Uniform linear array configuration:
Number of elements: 16
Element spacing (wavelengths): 0.25
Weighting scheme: cosine
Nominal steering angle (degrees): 45
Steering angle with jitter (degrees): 45.616
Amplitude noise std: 0.05
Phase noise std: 0.05

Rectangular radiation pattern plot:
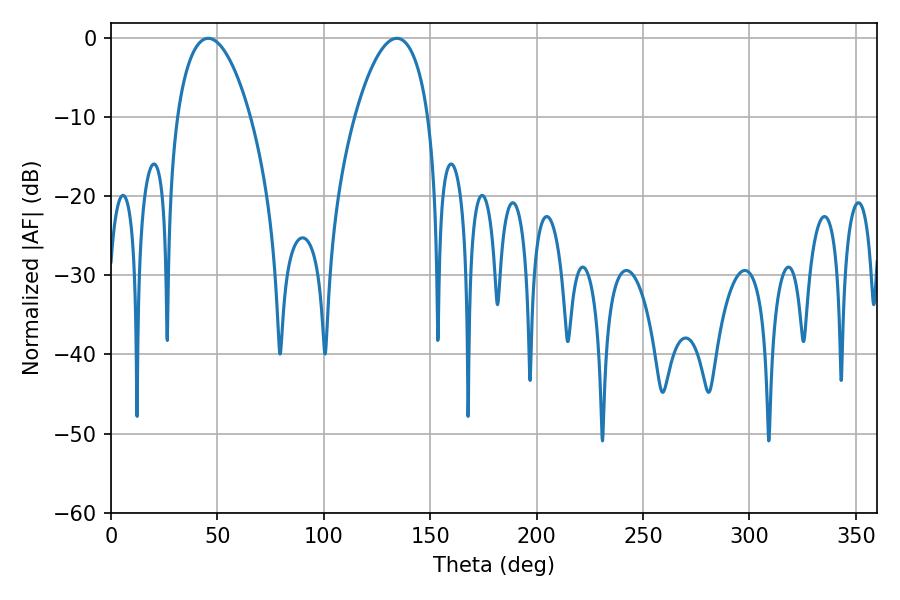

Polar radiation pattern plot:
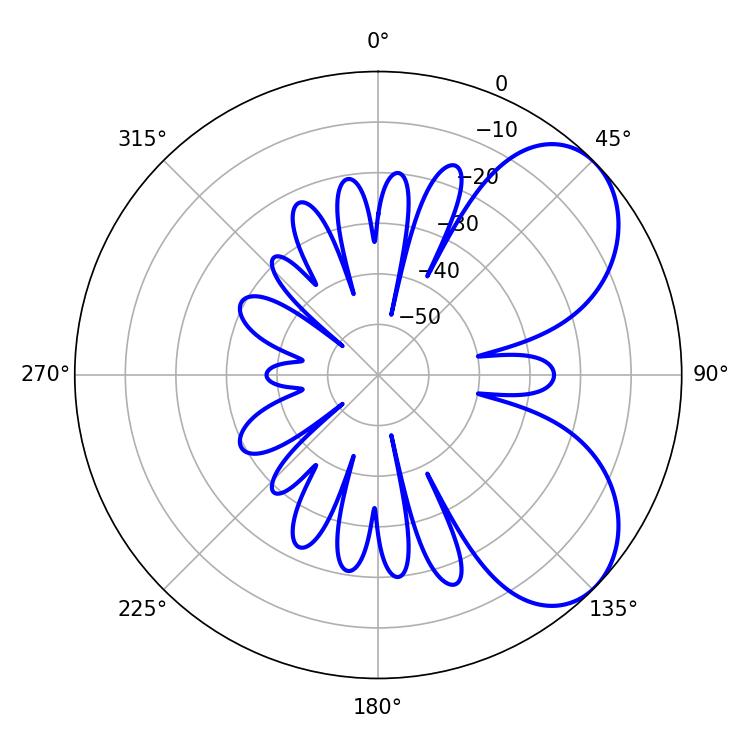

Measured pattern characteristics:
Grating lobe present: FALSE
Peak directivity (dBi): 5.856
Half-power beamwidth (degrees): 19.26
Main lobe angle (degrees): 45.72